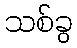
သစ်ခွ